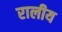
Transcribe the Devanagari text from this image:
रालीय